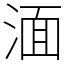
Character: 湎